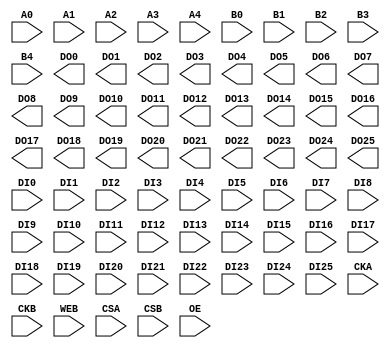
/*******************************************************************************

    (C) Copyright 2002,2003 Faraday Technology Corp. All Rights Reserved.
    This source code is an unpublished work belongs to Faraday Technology
    Corp.  It is considered a trade secret and is not to be divulged or
    used by parties who have not received written authorization from
    Faraday Technology Corp.

 |-----------------------------------------------------------------------------|
                Verilog Behavior Simulation Model

                   Synchronous 2-Port SRAM

                Module Name      : SW10201A
                Words            : 32
                Bits             : 26
                Byte-Write       : 1
                Output Loading   : 0.1
                
 |-----------------------------------------------------------------------------|

   Notice on usage: Fixed delay or timing data are given in this model.
                    It supports SDF back-annotation, please generate SDF file
                    by EDA tools to get the accurate timing.

 |-----------------------------------------------------------------------------|

                Library          : FS90A_B
                Memaker          : v4.5.1
                Compiler         : swmemgen 1.0
                Template revison : 1.1
                Date             : Tue Jul 29 09:57:06 CST 2003
                Editor           : Jony

 *******************************************************************************/



module SW10201A (A0,A1,A2,A3,A4,B0,B1,B2,B3,
                 B4,DO0,DO1,DO2,DO3,DO4,DO5,DO6,DO7,DO8,
                 DO9,DO10,DO11,DO12,DO13,DO14,DO15,DO16,DO17,DO18,
                 DO19,DO20,DO21,DO22,DO23,DO24,DO25,DI0,DI1,DI2,
                 DI3,DI4,DI5,DI6,DI7,DI8,DI9,DI10,DI11,DI12,
                 DI13,DI14,DI15,DI16,DI17,DI18,DI19,DI20,DI21,DI22,
                 DI23,DI24,DI25,CKA,CKB,WEB,CSA,CSB,OE);

  output     DO0,DO1,DO2,DO3,DO4,DO5,DO6,DO7,DO8,
             DO9,DO10,DO11,DO12,DO13,DO14,DO15,DO16,DO17,DO18,
             DO19,DO20,DO21,DO22,DO23,DO24,DO25;
  input      DI0,DI1,DI2,DI3,DI4,DI5,DI6,DI7,DI8,
             DI9,DI10,DI11,DI12,DI13,DI14,DI15,DI16,DI17,DI18,
             DI19,DI20,DI21,DI22,DI23,DI24,DI25;
  input      A0,A1,A2,A3,A4;
  input      B0,B1,B2,B3,B4;
  input      OE;                                      
  input      WEB;                                     
  input      CKA;                                     
  input      CKB;                                     
  input      CSA;                                     
  input      CSB;                                     
endmodule